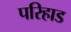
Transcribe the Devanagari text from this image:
परिहाड